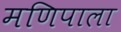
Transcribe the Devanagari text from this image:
मणिपाला